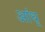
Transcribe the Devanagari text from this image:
आंध्